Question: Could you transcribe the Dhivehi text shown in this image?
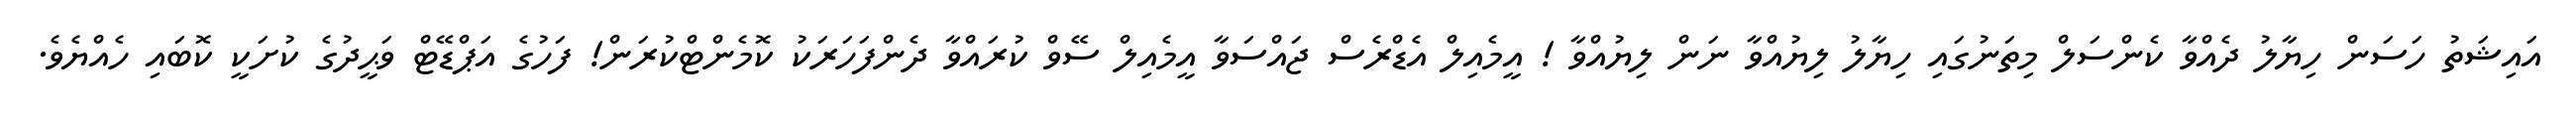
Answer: އައިޝަތު ހަސަން ހިޔާލު ދެއްވާ ކެންސަލް މިތަނުގައި ހިޔާލު ލިޔުއްވާ ނަން ލިޔުއްވާ ! އީމެއިލް އެޑްރެސް ޖައްސަވާ އީމެއިލް ސޭވް ކުރައްވާ ދެންފަހަރަކު ކޮމެންޓްކުރަން! ފަހުގެ އަޕްޑޭޓް ވަޙީދުގެ ކުށަކީ ކޮބައި ހެއްޔެވެ.